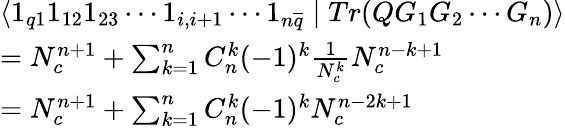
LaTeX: \begin{array}{l}{{\langle 1_{q1}1_{12}1_{23}\cdots 1_{i,i+1}\cdots 1_{n\overline{{{q}}}}\mid Tr(QG_{1}G_{2}\cdots G_{n})\rangle}}\\ {{=N_{c}^{n+1}+\sum_{k=1}^{n}C_{n}^{k}(-1)^{k}\frac 1{N_{c}^{k}}N_{c}^{n-k+1}}}\\ {{=N_{c}^{n+1}+\sum_{k=1}^{n}C_{n}^{k}(-1)^{k}N_{c}^{n-2k+1}}}\end{array}